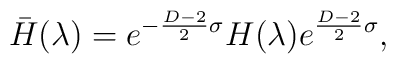
\bar{H}(\lambda)=e^{-{D-2 \over 2}\sigma} H(\lambda) e^{{D-2 \over2}\sigma},